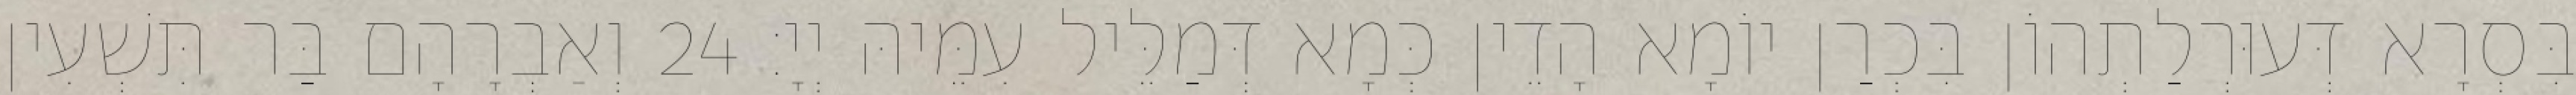
בִּסְרָא דְּעוּרְלַתְהוֹן בִּכְרַן יוֹמָא הָדֵין כְּמָא דְּמַלֵּיל עִמֵּיהּ יְיָ׃ 24 וְאַבְרָהָם בַּר תִּשְׁעִין